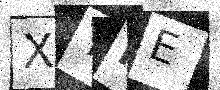
Text: XTPE